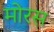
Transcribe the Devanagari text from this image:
मोरस